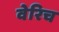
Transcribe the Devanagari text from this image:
वेरिच